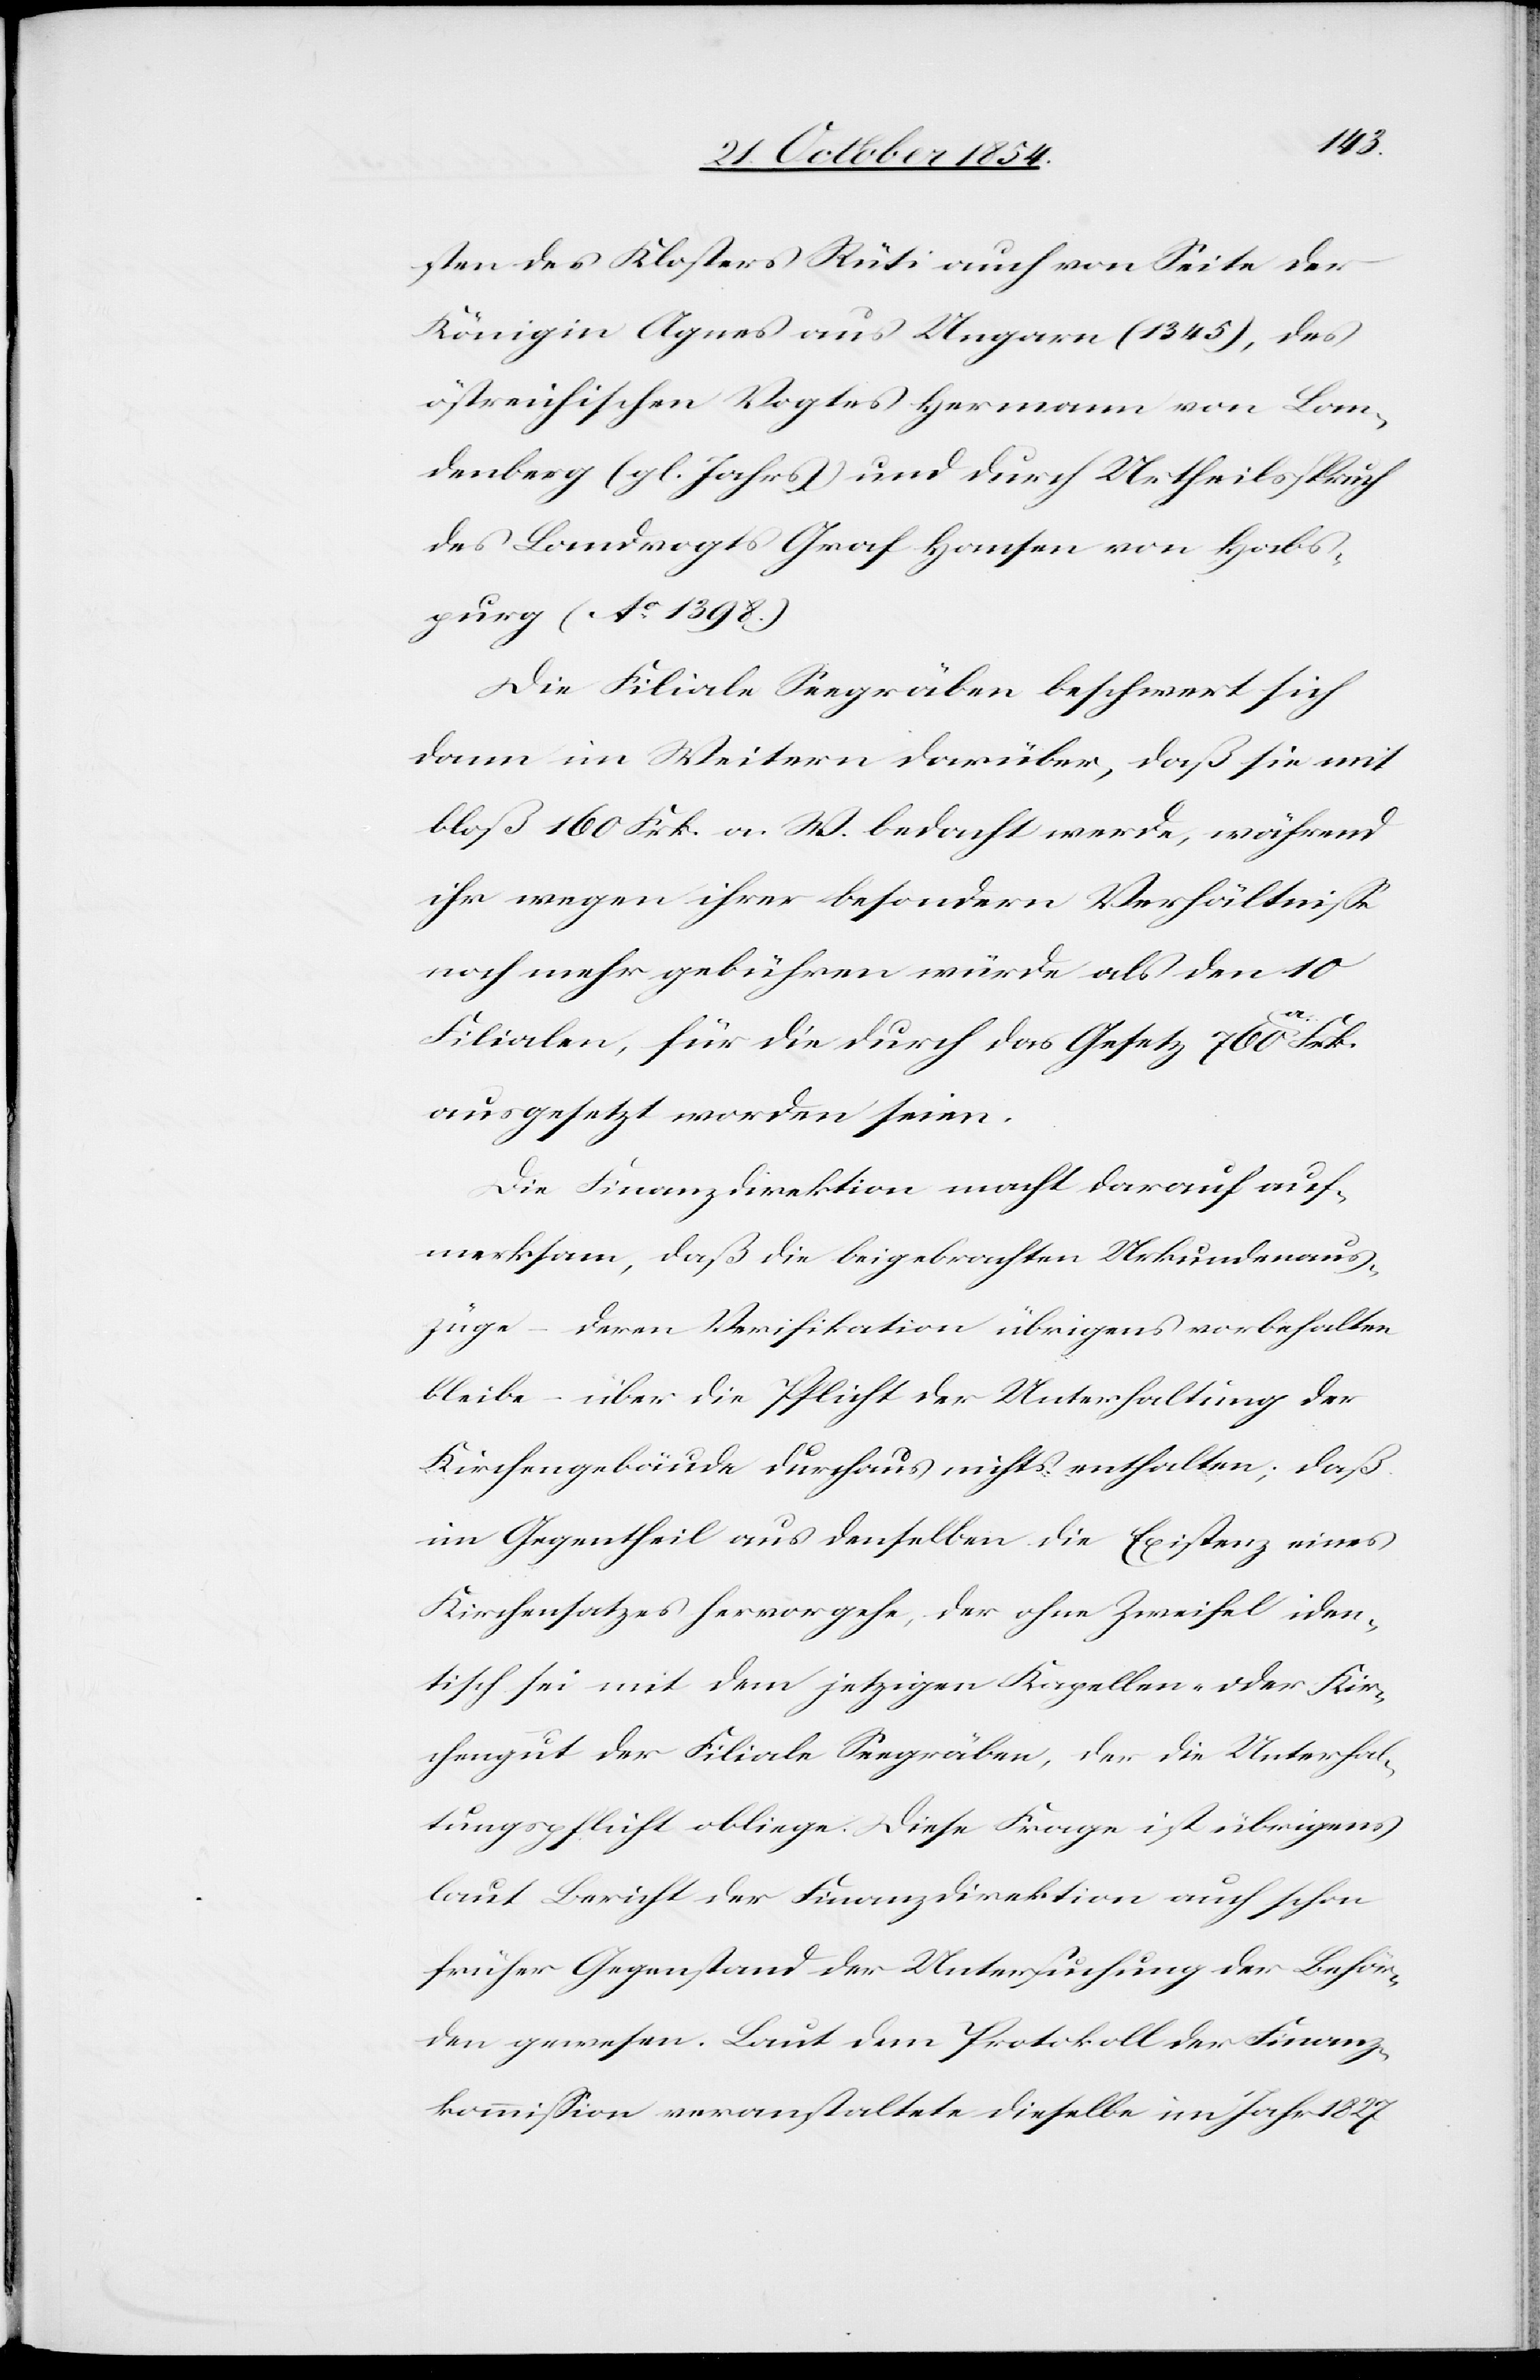
sten des Klosters Rüti auch von Seite der
Königin Agnes aus Ungarn (1345), des
östreichischen Vogtes Hermann von Lan¬
denberg (gl. Jahres) und durch Urtheilsspruch
des Landvogts Graf Hausen von Habs¬
purg (Ao 1398.)
Die Filiale Seegräben beschwert sich
dann im Weitern darüber, daß sie mit
bloß 160 Frk. a. W. bedacht werde, während
ihr wegen ihrer besondern Verhältniße
noch mehr gebühren würde als den 10
Filialen, für die durch das Gesetz 760 a-a.-a Frk.
ausgesetzt worden seien.
Die Finanzdirektion macht darauf auf¬
merksam, daß die beigebrachten Urkundenaus¬
züge – deren Verifikation übrigens vorbehalten
bleibe – über die Pflicht der Unterhaltung der
Kirchengebäude durchaus nichts enthalten; daß
im Gegentheil aus denselben die Existenz eines
Kirchensatzes hervorgehe, der ohne Zweifel iden¬
tisch sei mit dem jetzigen Kappellen- oder Kir¬
chengut der Filiale Seegräben, der die Unterhal¬
tungspflicht obliege. Diese Frage ist übrigens
laut Bericht der Finanzdirektion auch schon
früher Gegenstand der Untersuchung der Behör¬
den gewesen. Laut dem Protokoll der Finanz¬
kommißion veranstaltete dieselbe im Jahr 1827